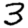
Digit: 3